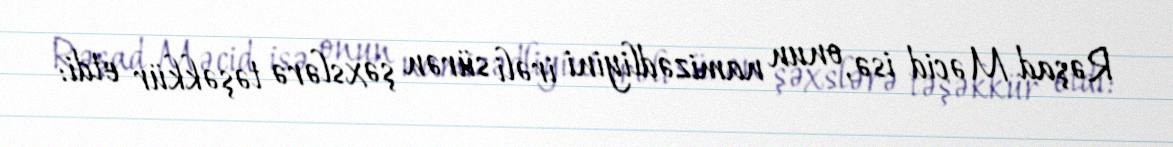
Rəşad Məcid isə, onun namizədliyini irəli sürən şəxslərə təşəkkür etdi: